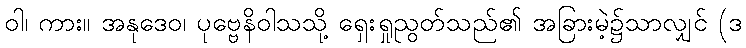
ဝါ၊ ကား။ အနုဒေဝ၊ ပုဗ္ဗေနိဝါသသို့ ရှေးရှုညွတ်သည်၏ အခြားမဲ့၌သာလျှင် (ဒ